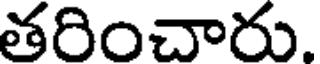
తరించారు.